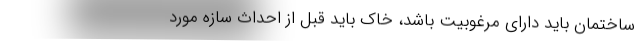
ساختمان باید دارای مرغوبیت باشد، خاک باید قبل از احداث سازه مورد